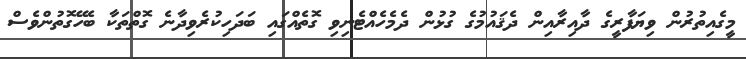
މީގެއިތުރުން ވިޔަފާރީގެ ދާއިރާއިން ދެޤައުމުގެ ގުޅުން ދެމެހެއްޓެނިވި ގޮތެއްގައި ބަދަހިކުރެވިދާނެ ގޮތްތަކާ ބެހޭގޮތުންވެސް